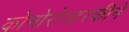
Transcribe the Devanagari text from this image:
कोमोरोव्हस्कीने